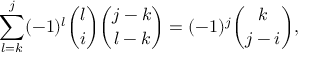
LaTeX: \sum _ { l = k } ^ { j } ( - 1 ) ^ { l } { \binom { l } { i } } { \binom { j - k } { l - k } } = ( - 1 ) ^ { j } { \binom { k } { j - i } } ,